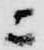
ニ